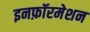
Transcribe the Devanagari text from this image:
इनफ़ॉरमेशन